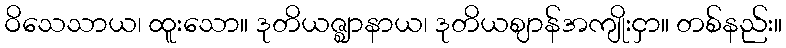
ဝိသေသာယ၊ ထူးသော။ ဒုတိယဇ္ဈာနာယ၊ ဒုတိယဈာန်အကျိုးငှာ။ တစ်နည်း။